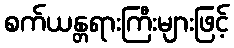
စက်ယန္တရားကြီးများဖြင့်